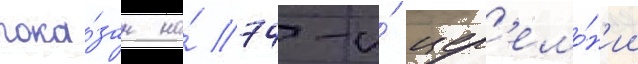
пока́зан на́ 74-и́ цер'емо́н'ии